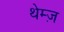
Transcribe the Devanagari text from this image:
थेम्ज़